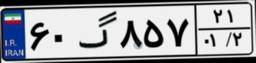
۶۰گ۸۵۷۲۱